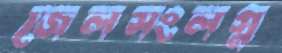
জেলসংলগ্ন